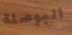
البوصلة